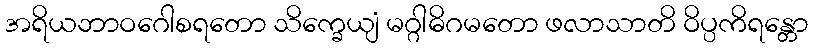
အရိယဘာဝဂေါစရတော သိက္ခေယျံ မဂ္ဂါဓိဂမတော ဖလာသာတိ ဝိပ္ပကိရန္တော